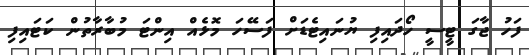
ފަހު ޖާގަ ޓީސީ ހޯދައިފި ޔުނައިޓެޑަށް ފަސޭހަ މޮޅެއް އިންޓަ މުބާރާތުން ކަޓައިފި